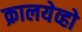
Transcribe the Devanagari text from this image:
क्रालयेव्हो